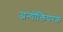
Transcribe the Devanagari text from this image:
अन्योक्तिपरक